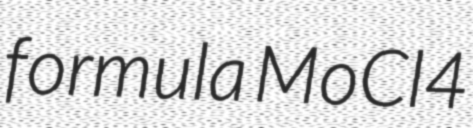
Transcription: formula MoCl4